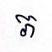
ភ